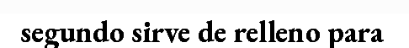
segundo sirve de relleno para